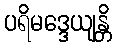
ပရိမဒ္ဒေယျန္တိ